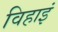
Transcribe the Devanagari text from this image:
विहाइं